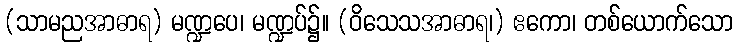
(သာမညအာဓာရ) မဏ္ဍပေ၊ မဏ္ဍပ်၌။ (ဝိသေသအာဓာရ၊) ဧကော၊ တစ်ယောက်သော